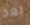
بعد